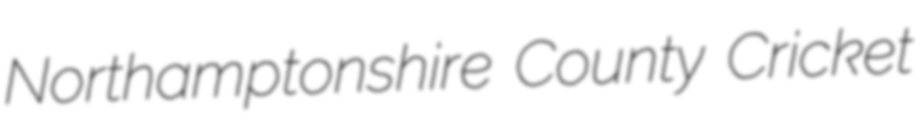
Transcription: Northamptonshire County Cricket